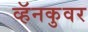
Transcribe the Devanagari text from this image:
व्हॅनकुवर